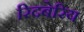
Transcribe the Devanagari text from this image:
रिदबेरिय